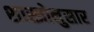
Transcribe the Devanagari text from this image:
शास्त्रोनुसार